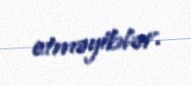
etməyiblər.